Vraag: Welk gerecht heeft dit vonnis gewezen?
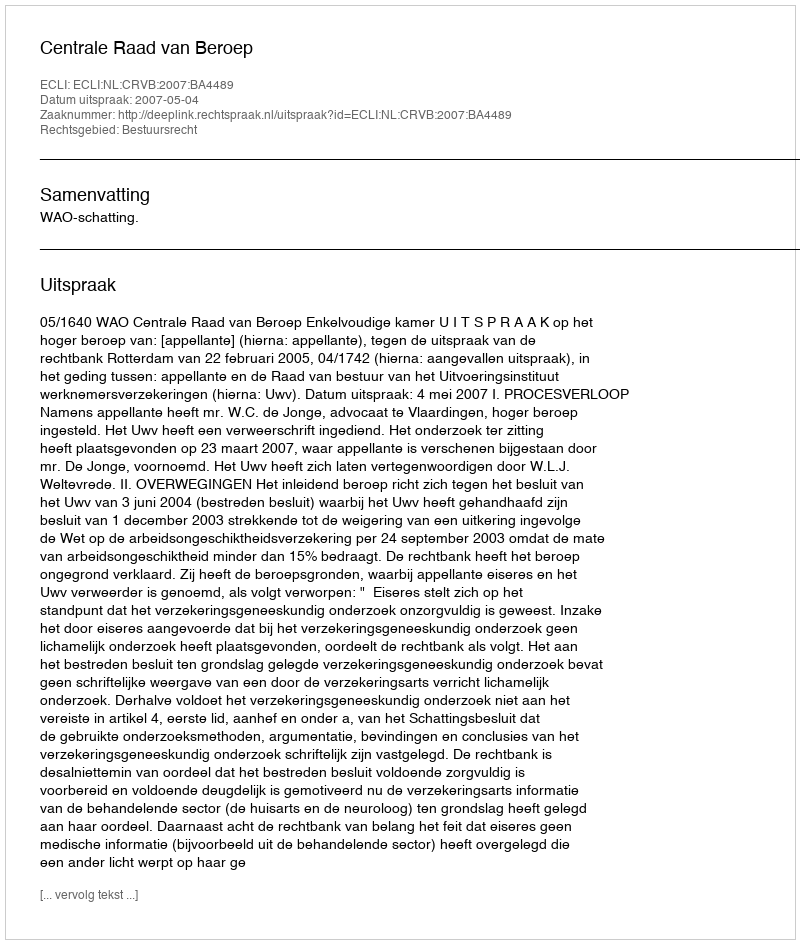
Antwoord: Centrale Raad van Beroep